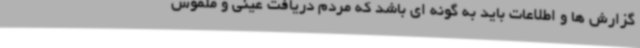
گزارش ها و اطلاعات باید به گونه ای باشد که مردم دریافت عینی و ملموس